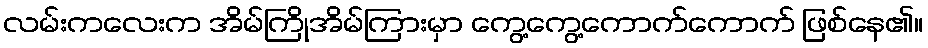
လမ်းကလေးက အိမ်ကြိုအိမ်ကြားမှာ ကွေ့ကွေ့ကောက်ကောက် ဖြစ်နေ၏။